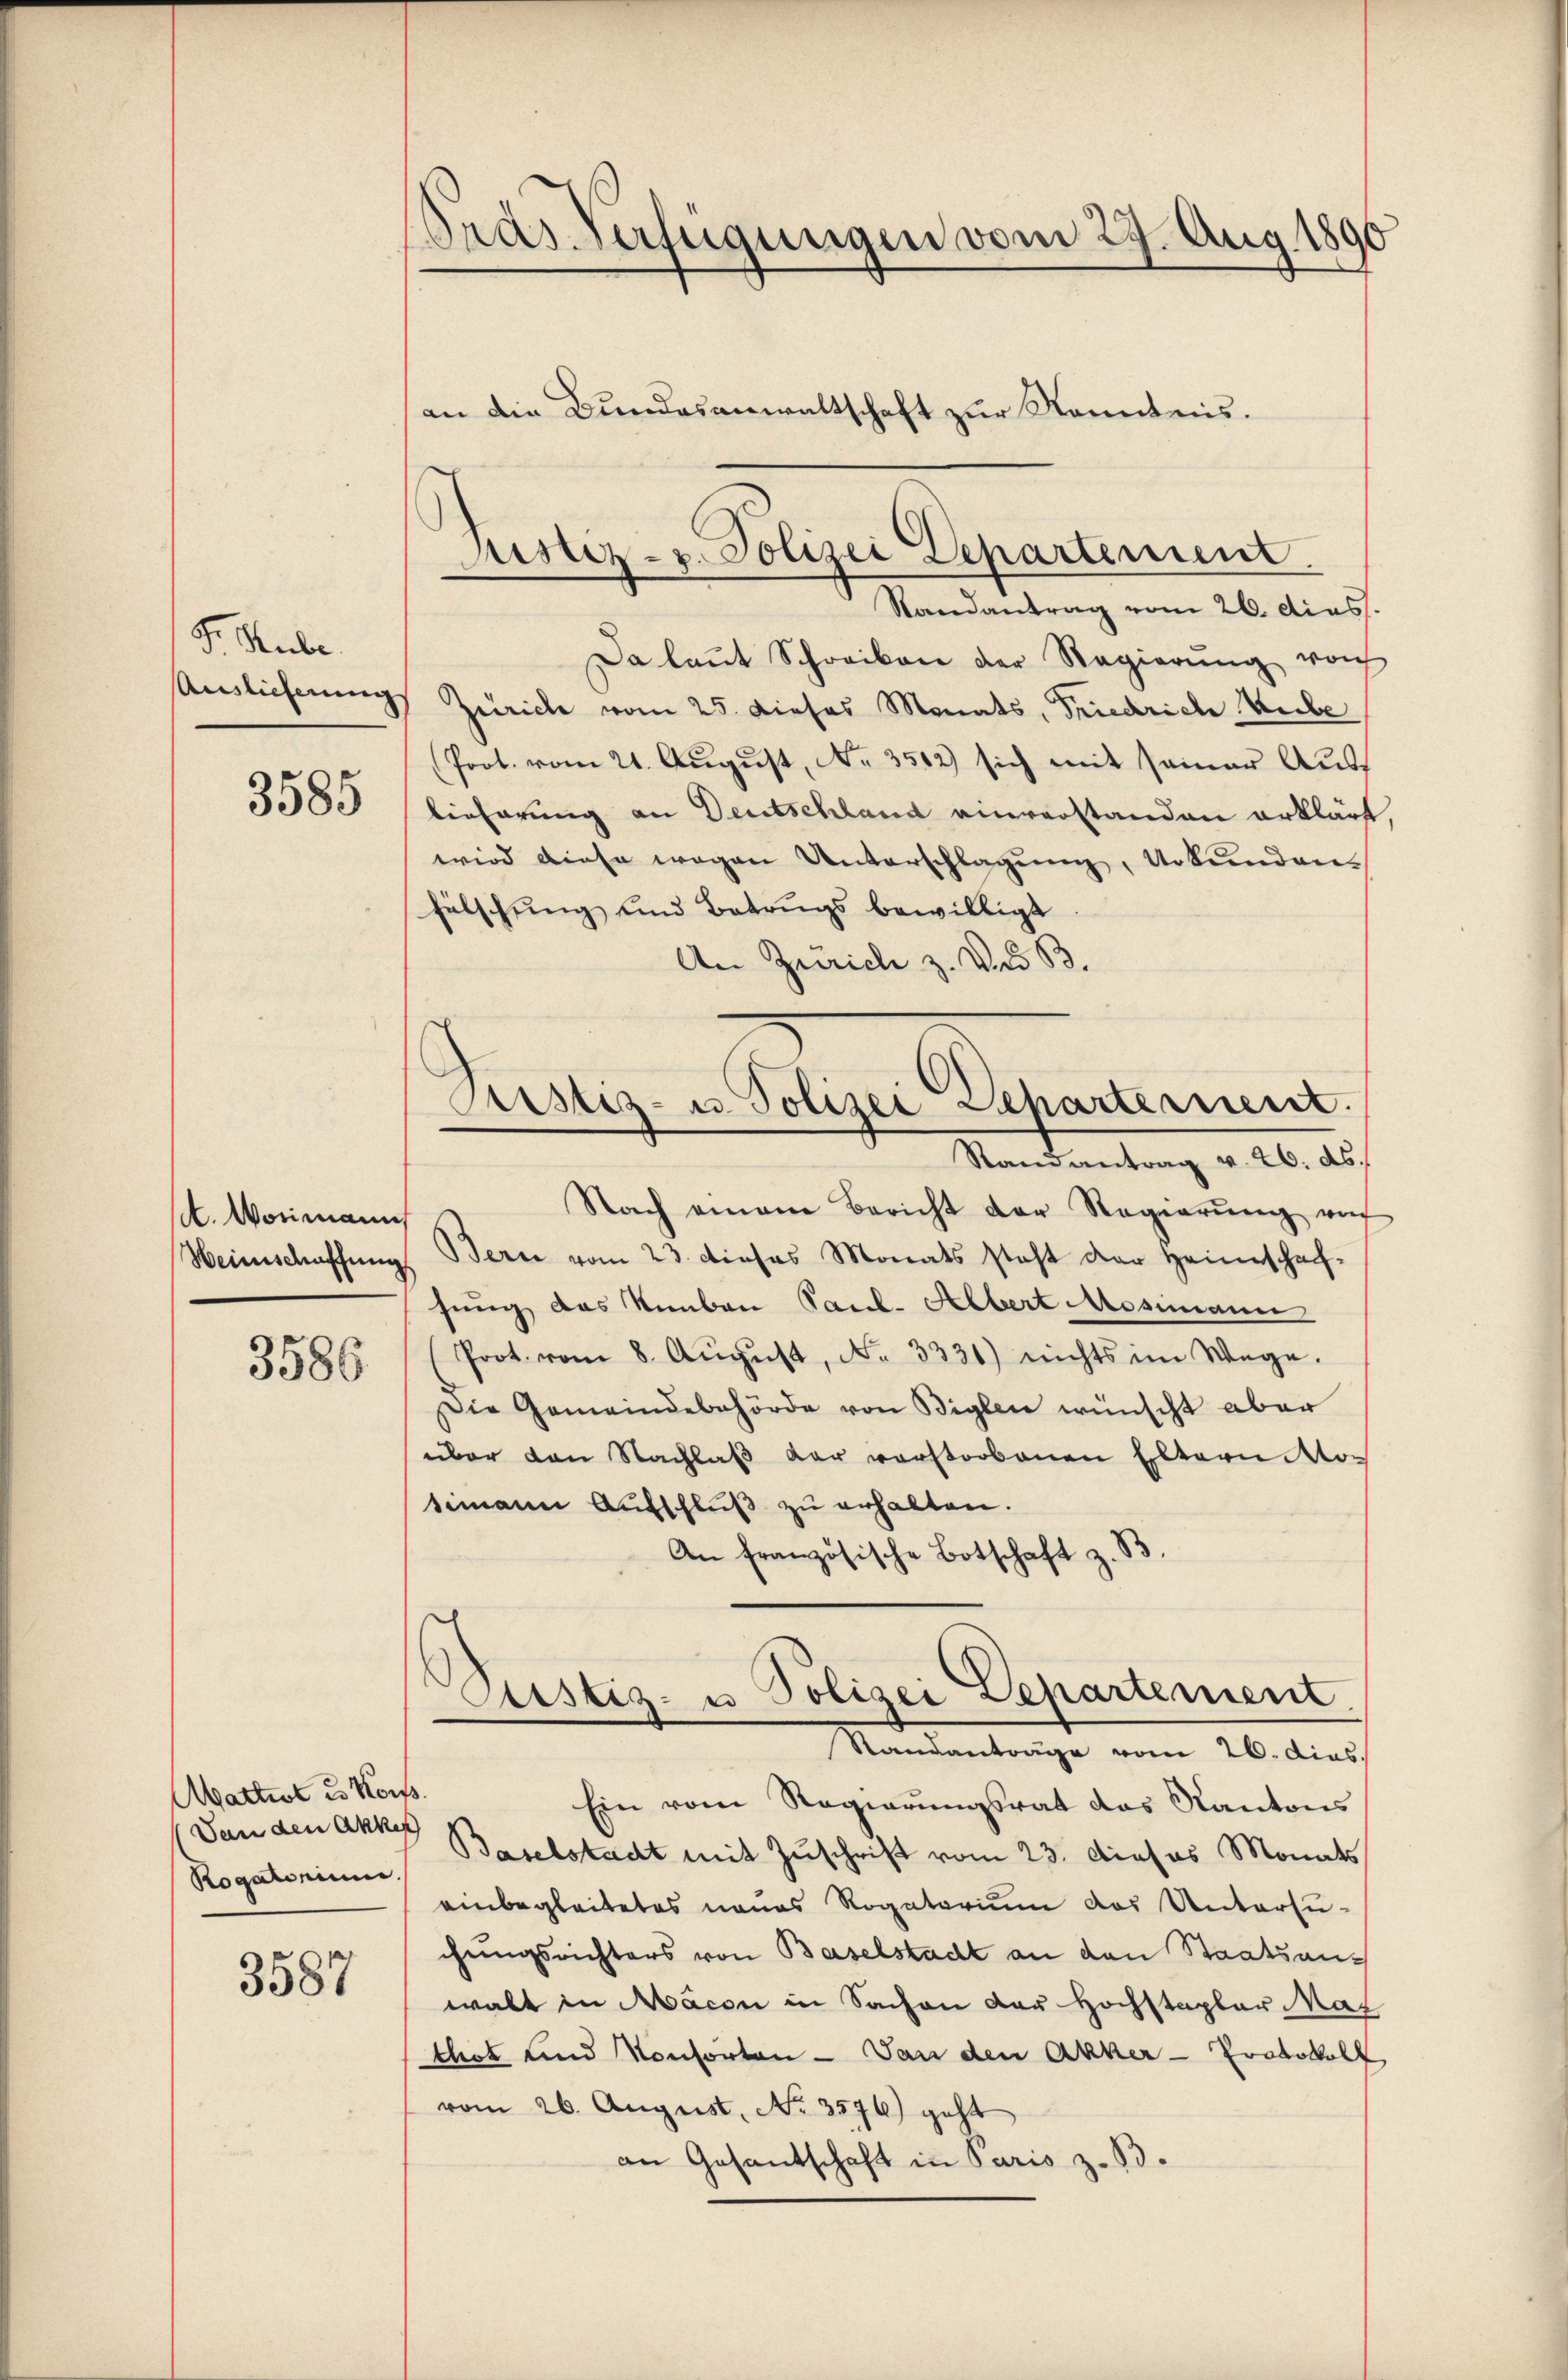
F. Rube
3585

A. Worimanns

3586

Abattist es Korps.
Dan den Akkes
Rogatorium.

3587

Gras Verfügungen vom 27. Aug. 1896
an die Bundesanwaltschaft zur Kenntnis.

Da laŭt Schreiben der Regierŭng von
Auslieferung Zürich vom 25. dieses Monats, Friedrich Hube
Prot. vom 21. August, No. 3512) sich mit seiner Aus
lieferung an Deutschland einverstanden erklärt
wird diese wegen Unterschlagung, Urkunden
fälschung und Betrugs bewilligt
An Zürich z. des B.
Nach einem Bericht der Regierŭng auf
Heimschaffung Bern vom 23. dieses Monats steht der Heimschaf-
sung das Neben Paul. Albert Mosimann
Prot. vom 8. Aŭgŭst No. 3331) nichts im Wege.
Die Gemeindebehörde von Bigler wünscht aber
über den Nachlaß der verstorbenen Eltern Motimann Aŭfschlŭβ zŭ erhalten.
An französische Botschaft z. B.
Custiz- u Polizei Departement.
Standantrage vom 26. dias.
Ein vom Regierŭngsrat das Kantons
Baselstadt mit Zuschrift vom 23. dieses Monats
einbegleitetes neues Rogatorium das Untersuchungsrichters von Baselstadt an den Staatsanwalt in Macon in Sachen der Hochstaplar Mar
thet und Konsorten - Von den Acker-Protokoll,
vom 26. August. No. 3576) geht
an Gesantschaft in Paris z. B.

Justiz- u. Polizei Departement.
Randantrag vom 26. dias.

Astiz- u. Polizei Departernent.
Randantrag v. 26. ds.